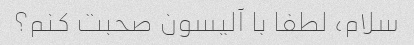
سلام، لطفا با آلیسون صحبت کنم؟